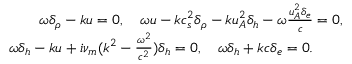
\begin{array} { r } { \omega \delta _ { \rho } - k u = 0 , \quad \omega u - k c _ { s } ^ { 2 } \delta _ { \rho } - k u _ { A } ^ { 2 } \delta _ { h } - \omega \frac { u _ { A } ^ { 2 } \delta _ { e } } { c } = 0 , } \\ { \omega \delta _ { h } - k u + i \nu _ { m } ( k ^ { 2 } - \frac { \omega ^ { 2 } } { c ^ { 2 } } ) \delta _ { h } = 0 , \quad \omega \delta _ { h } + k c \delta _ { e } = 0 . \qquad } \end{array}